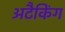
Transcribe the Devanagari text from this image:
अटैकिंग